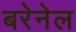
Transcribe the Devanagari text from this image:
बरेनेल